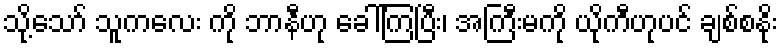
သို့သော် သူကလေး ကို ဘာနီဟု ခေါ်ကြပြီး၊ အကြီးမကို ယိုကီဟုပင် ချစ်စနိုး